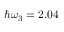
\hbar \omega _ { 3 } = 2 . 0 4